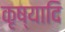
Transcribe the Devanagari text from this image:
कृष्यादि